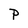
Character: P